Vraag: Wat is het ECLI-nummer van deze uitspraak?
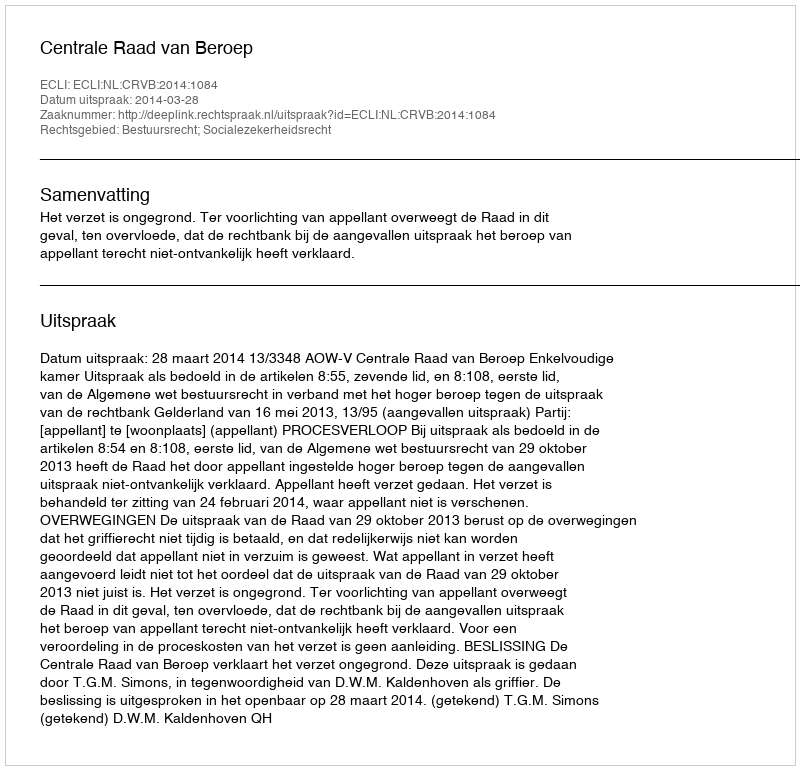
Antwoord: ECLI:NL:CRVB:2014:1084